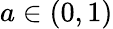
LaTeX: a\in(0,1)